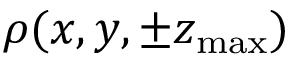
\rho ( x , y , \pm z _ { \mathrm { m a x } } )